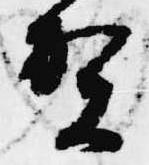
賀